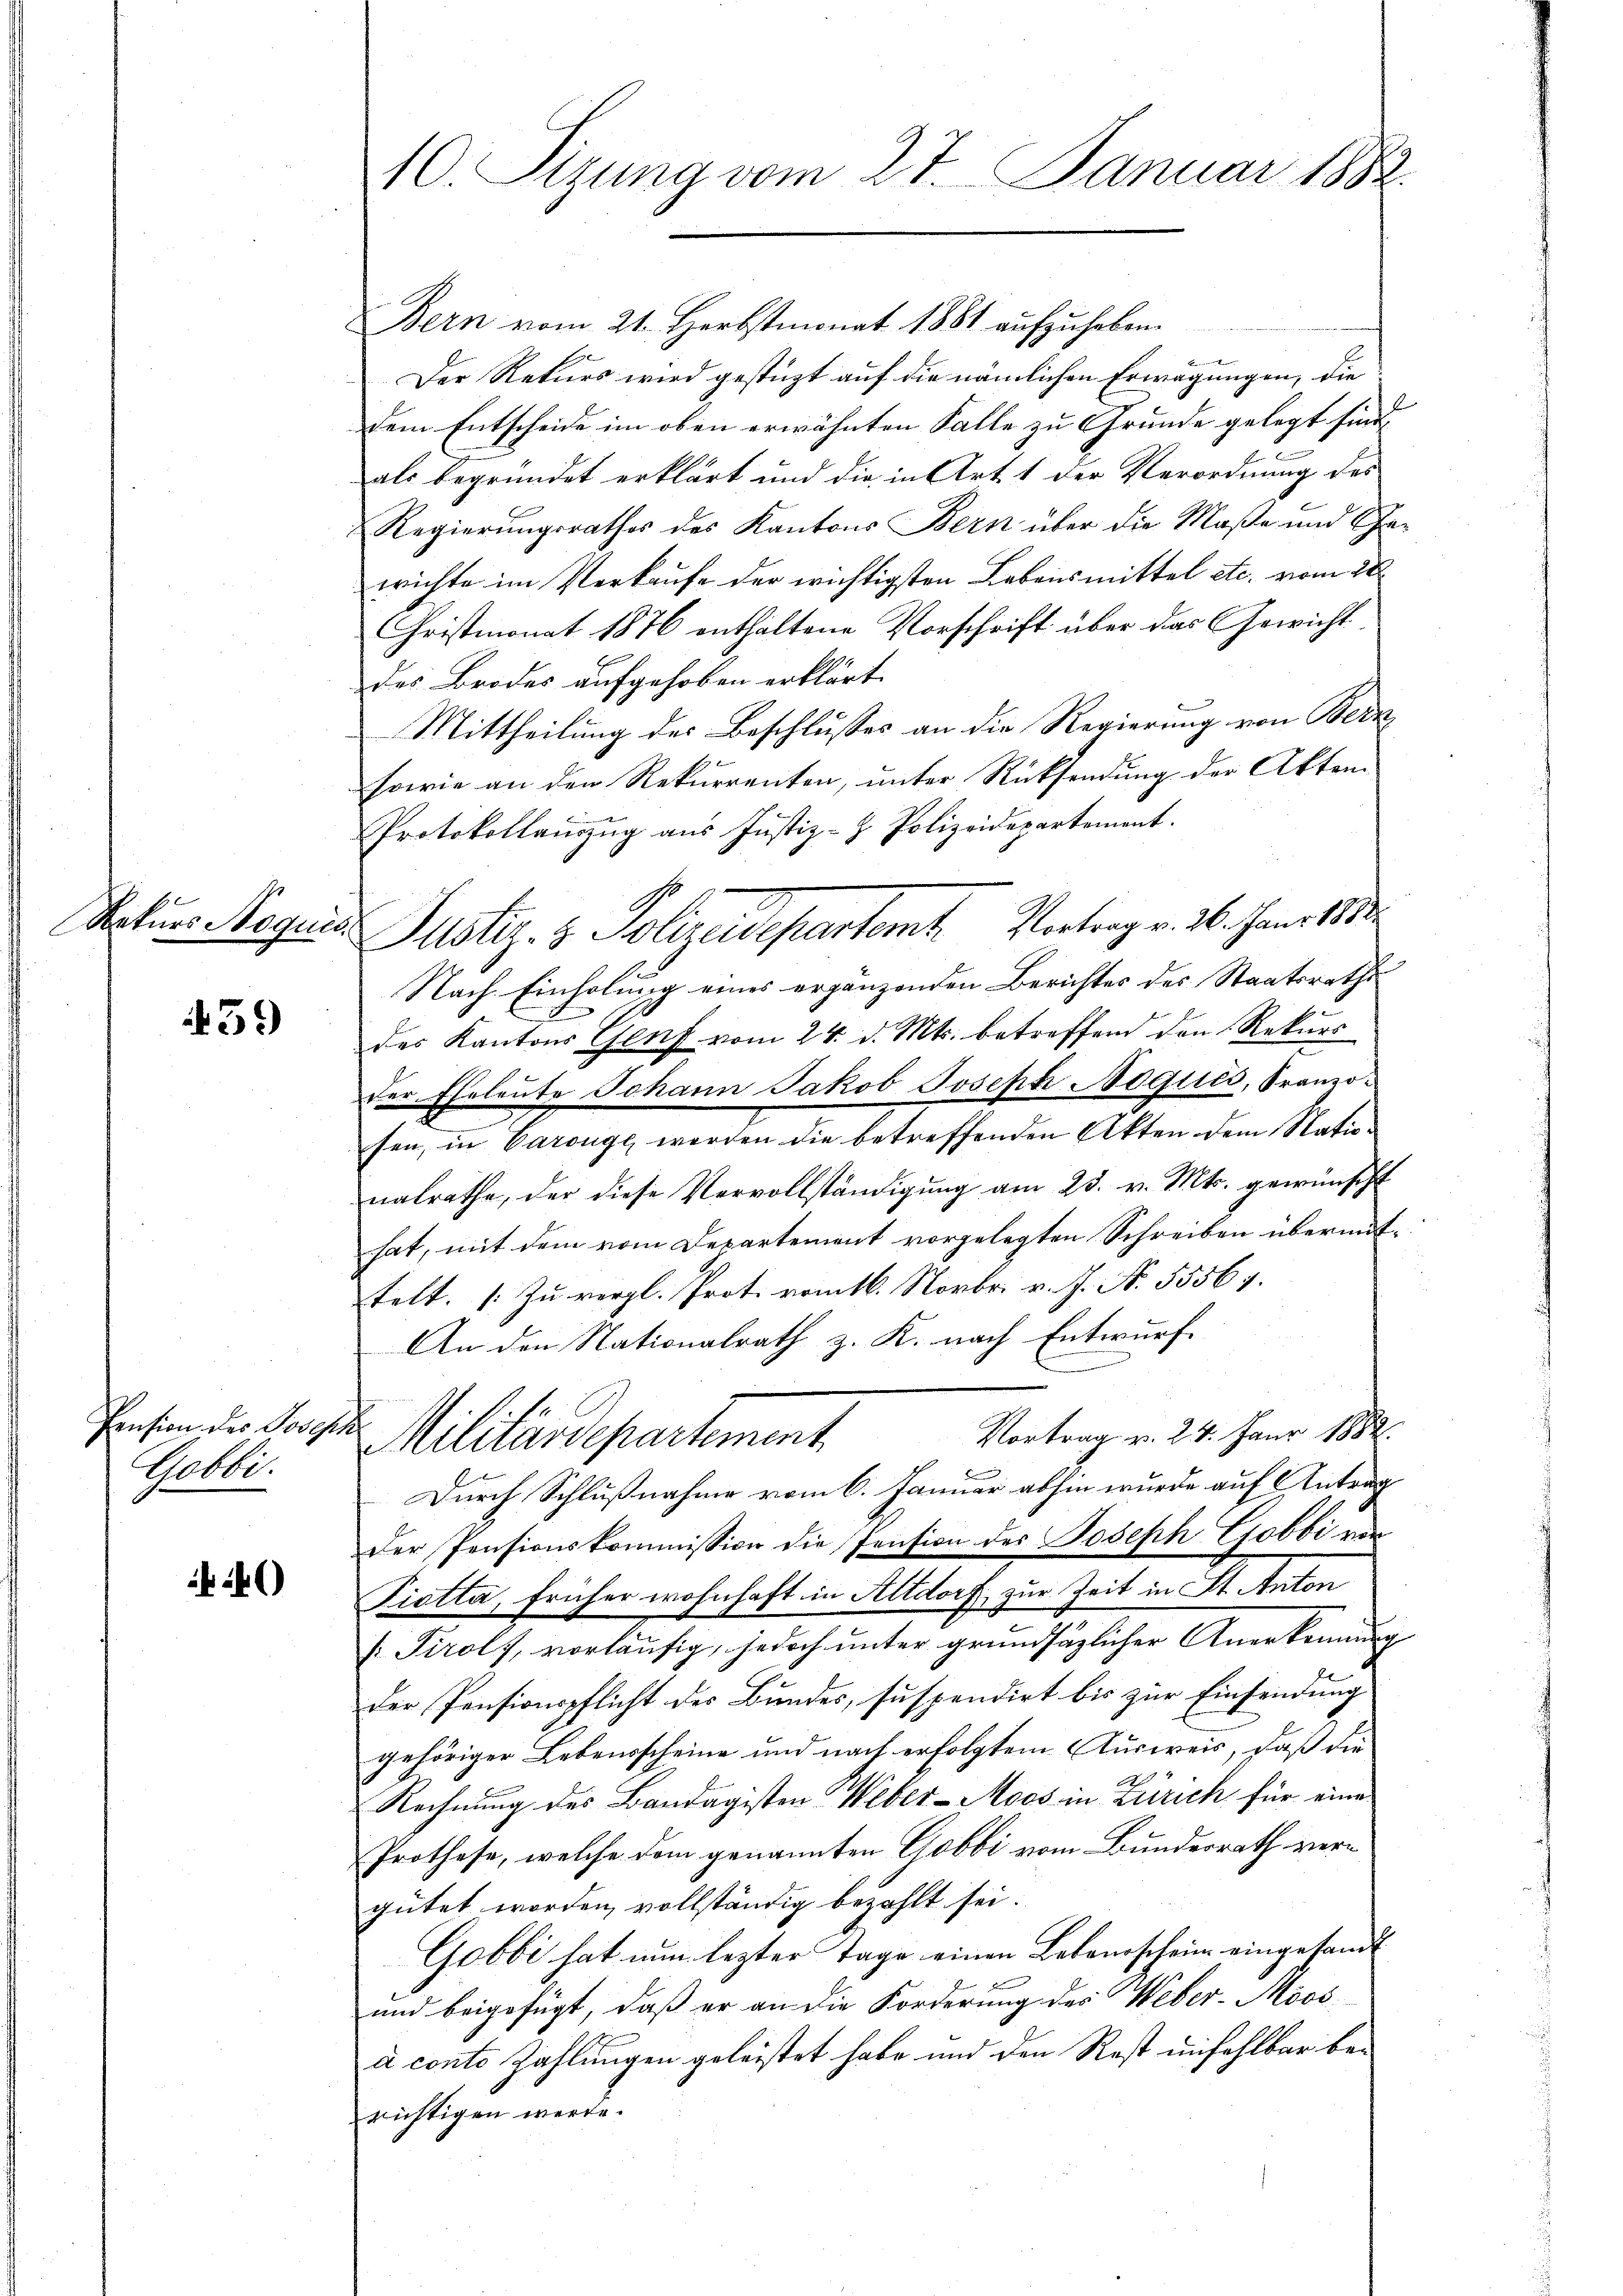
Rekurs Noquis.

439

Pension des Todesse
Gobbi.

)

10 Sizung vom 27. Januar 1882.

Bern vom 21. Herbstmonat 1881 aufzuheben.
Der Rekurs wird gestützt auf die nämlichen Erwägungen, die
dem Entscheide im oben erwähnten Falle zu Grunde gelegt sind,
als begründet erklärt und die in Art. 1 der Verordnung des
Regierungsrathes des Kantons Bern über die Maße und Gawichte im Verkaufe der wichtigsten Lebensmittel etc. vom 28.
Christmonat 1876 enthaltene Vorschrift über das Gewicht
des Brodes aufgehoben erklärt. |
Mittheilung der Beschlusses an die Regierung von Bern
sowie an den Rekurrenten, unter Rücksendung der Akten
Protokollauszug aus Justiz- & Polizeidepartement.
Justiz- & Polizeidepartemt. Vortrag v. 26. Janit
Nach Einholung eines ergänzenden Berichter des Staatsrathe
des Kantons Genf vom 24. d. Mts. betreffend den Rekurs
der Eheleute Johann Jakob Josept Noqués, Franzo-
sen, in Carouge, worden die betreffenden Akten dem Nationalrathe, der diese Vervollständigung am 23. v. Mts. gewünscht
hat, mit dem vom Departement vorgelegten Schreiben übermittelt. (Zu vergl. Prot. vom 16. Novbr. v. J. N. 55564.
An den Nationalrath z. K. nach Entwurf
.
Vortrag v. 24. Janr 1882.
Militarsepartement
Durch Schlußnahme vom 6. Januar abhin wurde auf Antrag
i
Der Pensionskommission die Pension des Joseph Gobbi von
Piotta, früher wohnhaft in Altdorf zur Zeit in St. Anton
 Tirolf, vorläufig, jedoch unter grundsätzlicher Anerkennung
der Pensionspflicht des Bundes, suspendirt bis zur Einsendung
gehöriger Lebensscheine und nach erfolgtem Ausweis, daß die
2.
Rechnung des Bandagisten Weber-Moos in Zürich für eine
Prothese, welche dem genannten Gobbi vom Bundesrath vergütet worden, vollständig bezahlt sei.
Gobbi hat nun lezter Tage einen Bekannschein eingesandt
und beigefügt, daß er an die Forderung des Weber-Moos-
à conte Zahlungen geleistet habe und den Rest unfehlbar berichtigen werde.